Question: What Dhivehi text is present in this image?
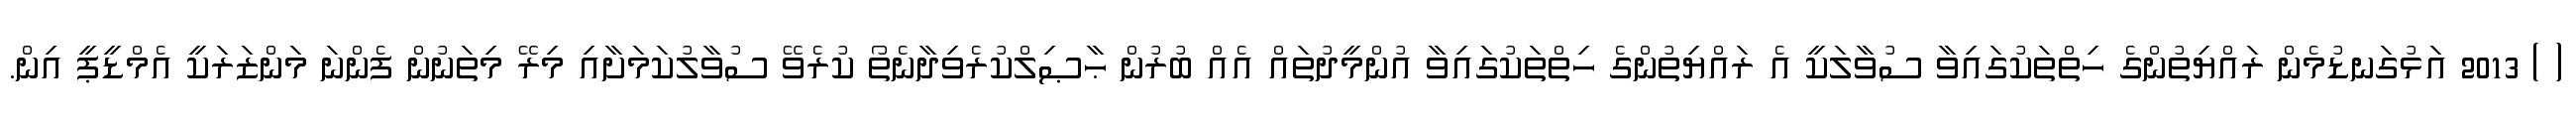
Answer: ( ) 2013 އަޅުގަނޑުމެން ރައްޔިތުންގެ ހިތްތަކުގައިވާ ސުވާލަކީ އެ ރައްޔިތުންގެ ހިތްތަކުގައިވާ އުންމީދުތައް އެއް ބުރުން ޙާޞިލްކުރެވިދާނެތޯ ކުރެވޭ ސުވާލުކަމަށާއި މިރޭ މިތަނުން ފެންނަ މަންޒަރަކީ އެމްޑީޕީ އިން.